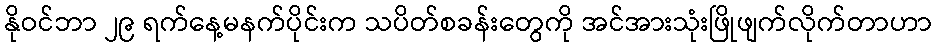
နိုဝင်ဘာ ၂၉ ရက်နေ့မနက်ပိုင်းက သပိတ်စခန်းတွေကို အင်အားသုံးဖြိုဖျက်လိုက်တာဟာ